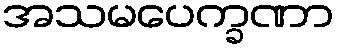
အသမပေက္ခဏာ